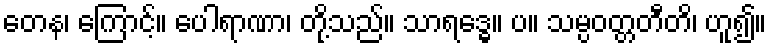
တေန၊ ကြောင့်။ ပေါရာဏာ၊ တို့သည်။ သာရဒ္ဓေ။ ပ။ သမ္ပဝတ္တတီတိ၊ ဟူ၍။